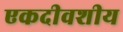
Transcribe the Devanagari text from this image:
एकदीवशीय